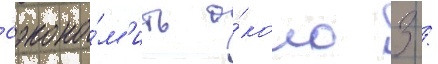
сэконо́м'ить о́коло 3 /